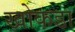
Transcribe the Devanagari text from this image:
खोकडा